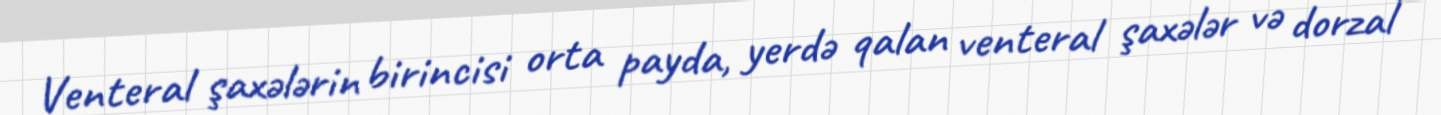
Venteral şaxələrin birincisi orta payda, yerdə qalan venteral şaxələr və dorzal